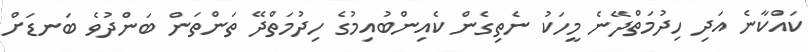
ކައްކާނެ އަދި ހިދުމަތްދޭނެ މީހަކު ނެތިގެން ކެއިންބުއިމުގެ ހިދުމަތްދޭ ތަންތަން ބަންދުވެ ބަނޑަށް